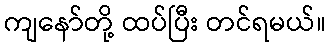
ကျနော်တို့ ထပ်ပြီး တင်ရမယ်။